65_HS1-834228961_62-HQ-83894_Section_9
Agency: FBI
Page 224
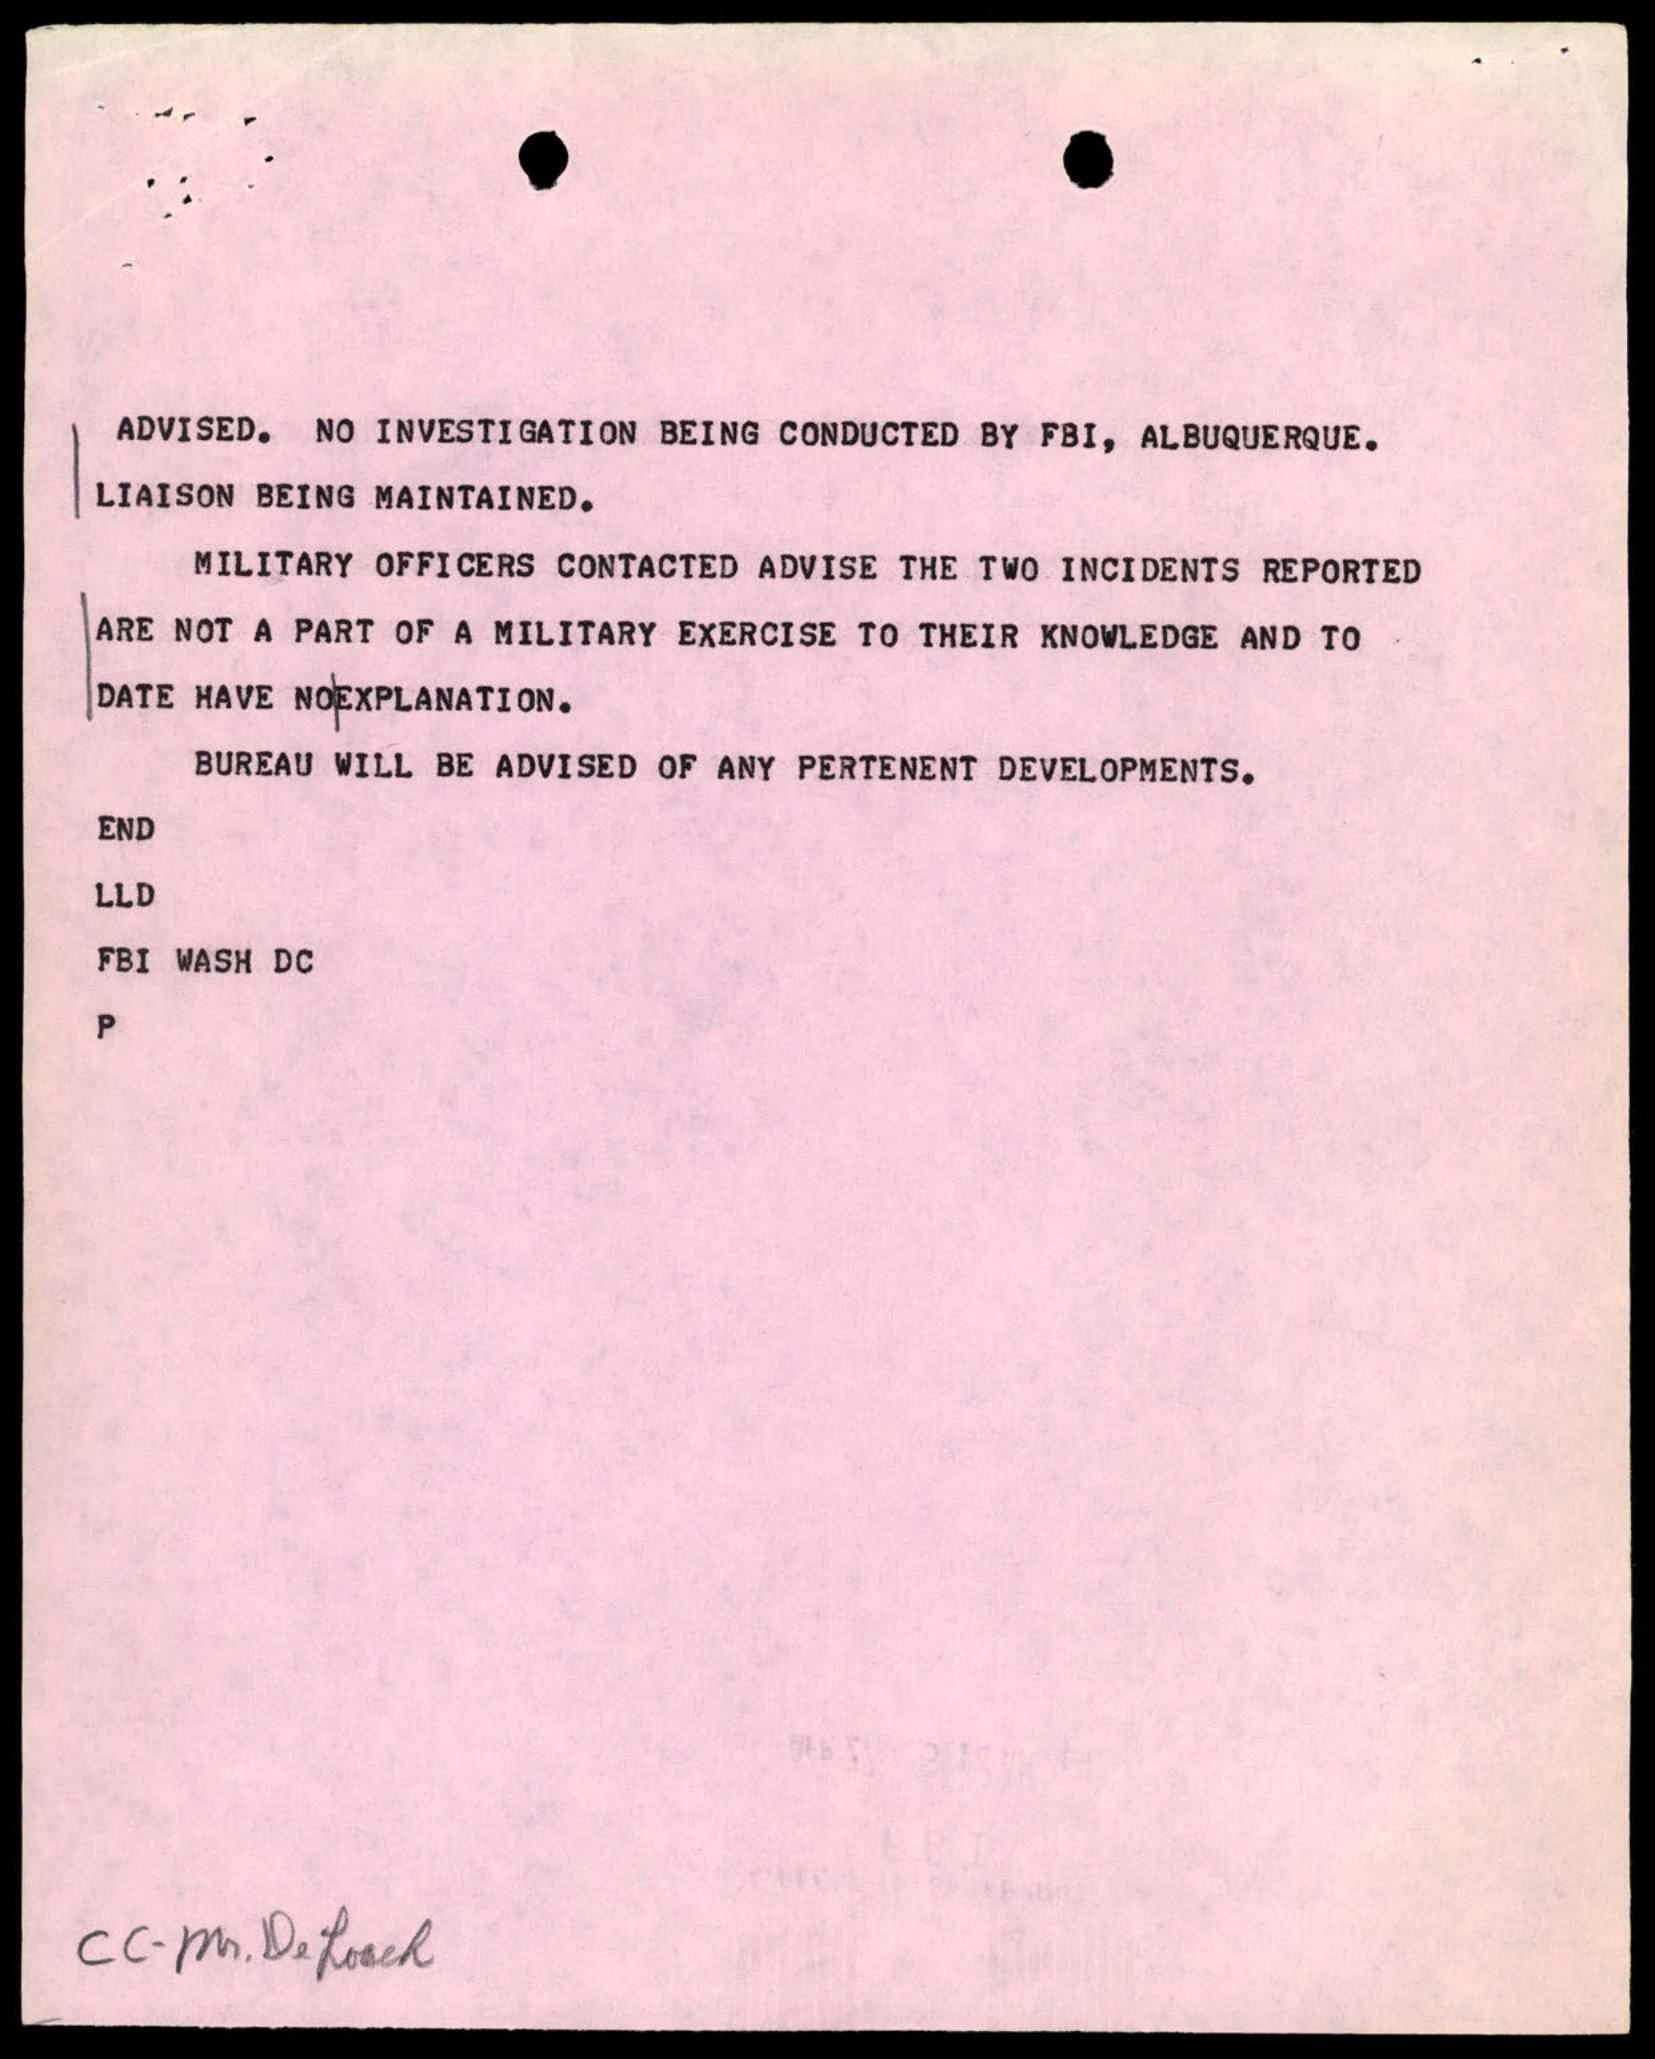